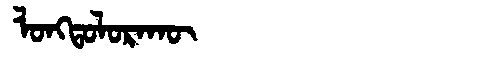
Manchu: ᠯᠣᠩᡨᠣᠯᠣᡵᠠᡴᡡ
Romanization: LONGTOLORAKŪ